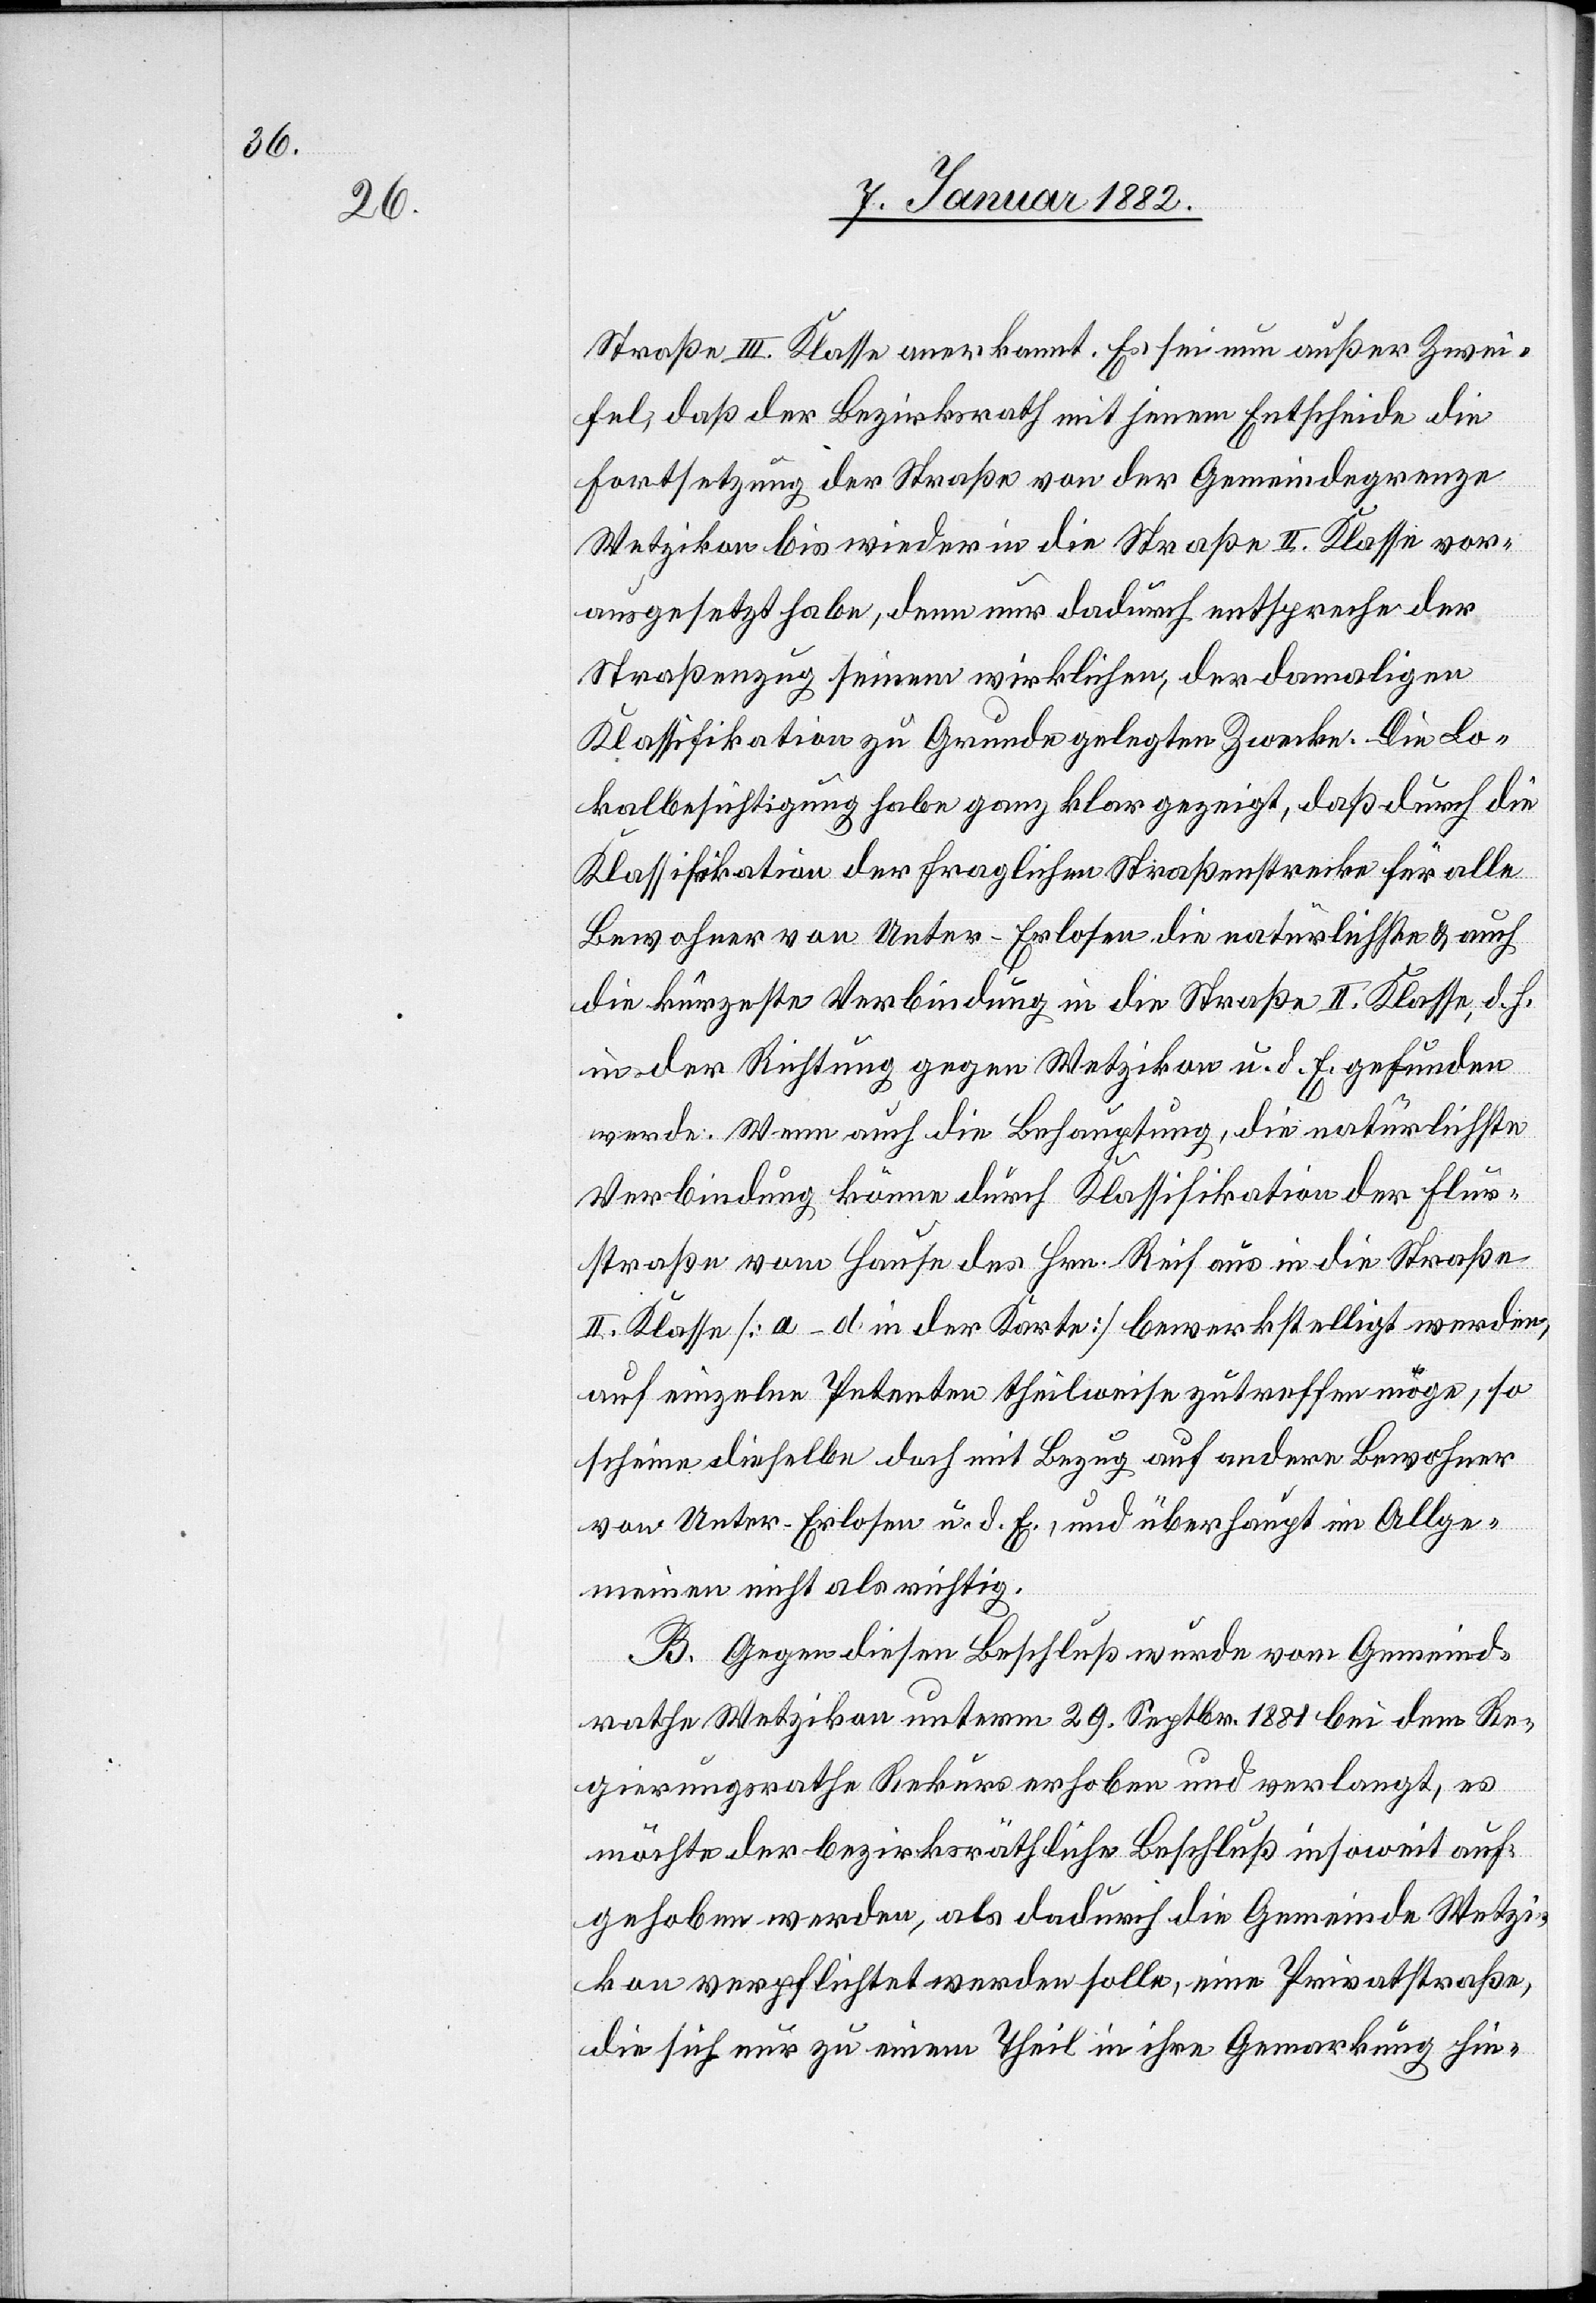
Straße III. Klasse anerkannt. Es sei nun außer Zwei¬
fel, daß der Bezirksrath mit jenem Entscheide die
Fortsetzung der Straße von der Gemeindegrenze
Wetzikon bis wieder in die Straße II. Klasse vor¬
ausgesetzt habe, denn nur dadurch entspreche der
Straßenzug seinem wirklichen, der damaligen
Klassifikation zu Grunde gelegten Zwecke. Die Lo¬
kalbesichtigung habe ganz klar gezeigt, daß durch die
Klassifikation der fraglichen Straßenstrecke für alle
Bewohner von Unter-Erlosen die natürlichste & auch
die kürzeste Verbindung in die Straße II. Klasse, d. h.
in der Richtung gegen Wetzikon u. d. E. gefunden
werde. Wenn auch die Behauptung, die natürlichste
Verbindung könne durch Klassifikation der Flu¬
r-Strasse vom Hause des Hrn. Reif aus in die Straße
II. Klasse [a–d in der Karte] bewerkstelligt werden,
auf einzelne Petenten theilweise zutreffen möge, so
scheine dieselbe doch mit Bezug auf andere Bewohner
von Unter-Erlosen u. d. E., und überhaupt im Allge¬
meinen nicht als richtig.
B. Gegen diesen Beschluß würde vom Gemeind¬
rathe Wetzikon unterm 29. Septbr. 1881 bei dem Re¬
gierungsrathe Rekurs erhoben und verlangt, es
möchte der bezirksräthliche Beschluß insoweit auf¬
gehoben werden, als dadurch die Gemeinde Wetzi¬
kon verpflichtet werden solle, eine Privatstraße,
die sich nur zu einem Theil in ihre Gemarkung hin-